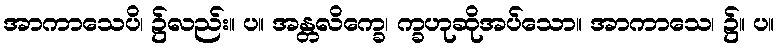
အာကာသေပိ၊ ၌လည်း။ ပ။ အန္တလိက္ခေ၊ က္ခဟုဆိုအပ်သော။ အာကာသေ၊ ၌။ ပ။